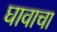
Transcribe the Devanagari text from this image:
घावाचा